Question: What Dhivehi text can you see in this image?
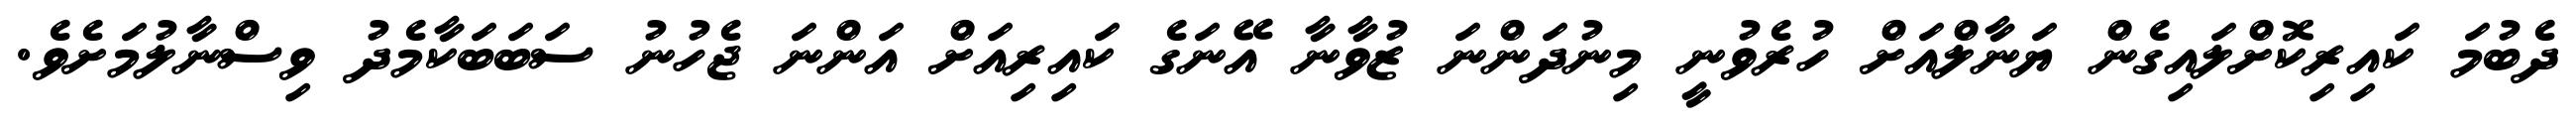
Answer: ދެބުމަ ކައިރިކޮށްލައިގެން ޔަނާލްއަށް ހުރެވުނީ މިނުދަންނަ ޒުވާނާ އޭނަގެ ކައިރިއަށް އަންނަ ޖެހުނު ސަބަބަކާމެދު ވިސްނާލުމަށެވެ.